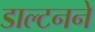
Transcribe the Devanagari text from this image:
डाल्टनने